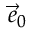
\vec { e } _ { 0 }